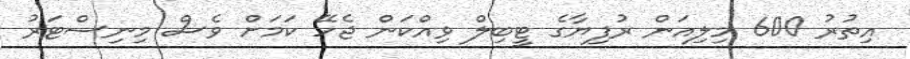
އިތުރު 600 މިލިއަން ރުފިޔާގެ ޓީބިލް ވިއްކަން ޖެހޭ ކަމަށް ވެސް މިނިސްޓަރު